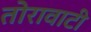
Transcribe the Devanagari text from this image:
तोरावाटी